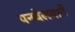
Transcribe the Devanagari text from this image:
पनवेलमार्गे